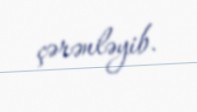
çərənləyib.